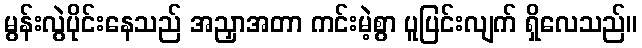
မွန်းလွဲပိုင်းနေသည် အညှာအတာ ကင်းမဲ့စွာ ပူပြင်းလျက် ရှိလေသည်။